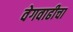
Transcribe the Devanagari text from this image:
वेगवाढीचा